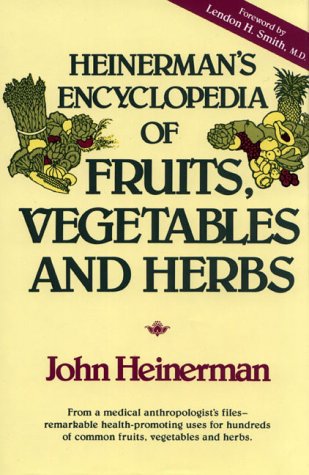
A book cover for Heinerman's Encyclopedia of Fruits, Vegetables, and Herbs; John Heinerman; Medical Books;